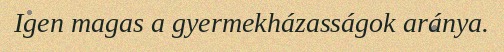
Igen magas a gyermekházasságok aránya.